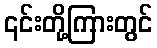
၎င်းတို့ကြားတွင်